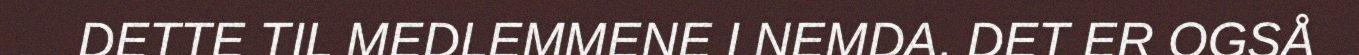
DETTE TIL MEDLEMMENE I NEMDA. DET ER OGSÅ